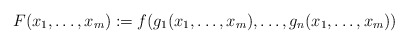
\begin{align*} F(x_1,\dots,x_m) := f(g_1(x_1,\dots,x_m),\dots,g_n(x_1,\dots,x_m)) \end{align*}